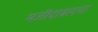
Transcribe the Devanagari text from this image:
मजीदाबादचा